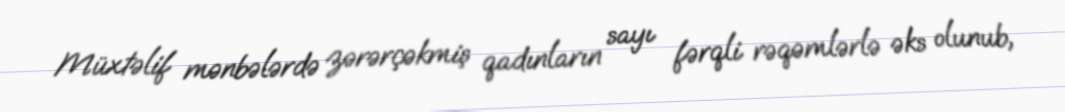
Müxtəlif mənbələrdə zərərçəkmiş qadınların sayı fərqli rəqəmlərlə əks olunub,